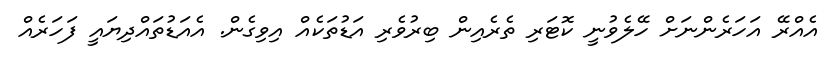
އެއްރޭ އަހަރެންނަށް ހޭލެވުނީ ކޮޓަރި ތެރެއިން ބިރުވެރި އަޑުތަކެއް އިވިގެން. އެއަޑުތައްދިޔައީ ފަހަރެއް